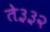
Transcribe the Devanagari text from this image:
ते३३२